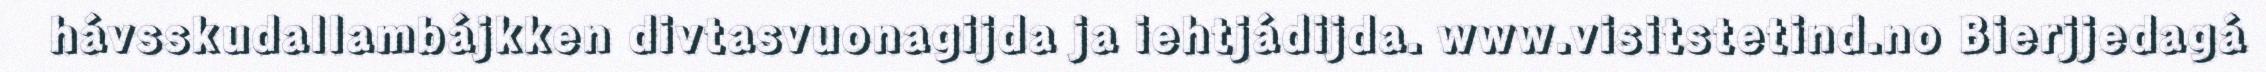
hávsskudallambájkken divtasvuonagijda ja iehtjádijda. www.visitstetind.no Bierjjedagá